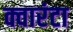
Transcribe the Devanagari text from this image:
क्वारंटा